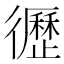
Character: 𢖙